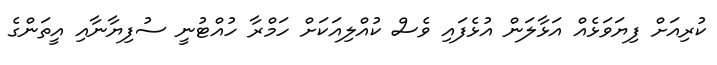
ކުރިއަށް ފިޔަވަޅެއް އަޅާލަން އުޅެފައި ވެސް ކުއްލިއަކަށް ހަމްރާ ހުއްޓުނީ ސުފިޔާނާއި އީތަންގެ